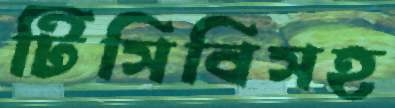
টিসিবিসহ